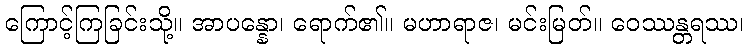
ကြောင့်ကြခြင်းသို့။ အာပန္နော၊ ရောက်၏။ မဟာရာဇ၊ မင်းမြတ်။ ဝေဿန္တရဿ၊